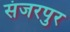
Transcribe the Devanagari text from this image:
संजरपुर